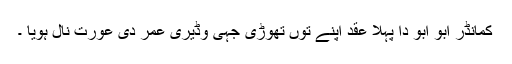
کمانڈر ابو ابو دا پہلا عقد اپنے توں تھوڑی جہی وڈیری عمر دی عورت نال ہویا ۔